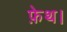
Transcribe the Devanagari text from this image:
फ़ेथ।